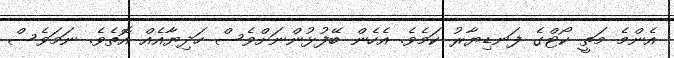
އެންމެ މަތީ ކޯޓްގެ ފަނޑިޔާރު ކަމެވެ. އެހެން ބޭފުޅުންނަށްވެސް ހަދިޔާއެއް އޮތެވެ. ނަމަވެސް